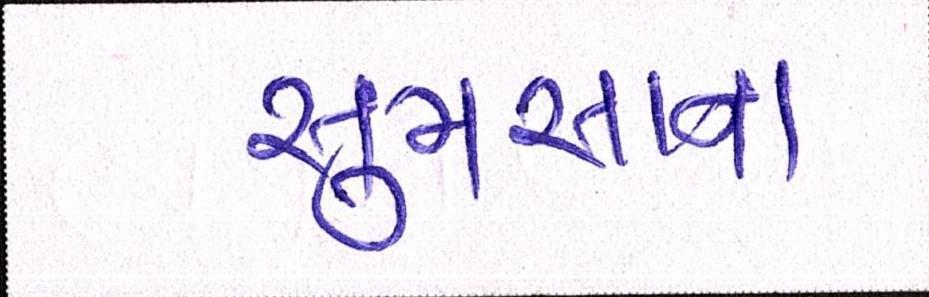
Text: સુમસાન